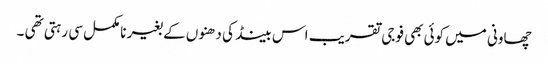
چھاونی میں کوئی بھی فوجی تقریب اس بینڈ کی دھنوں کے بغیر نامکمل سی رہتی تھی ۔